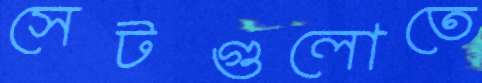
সেটগুলোতে